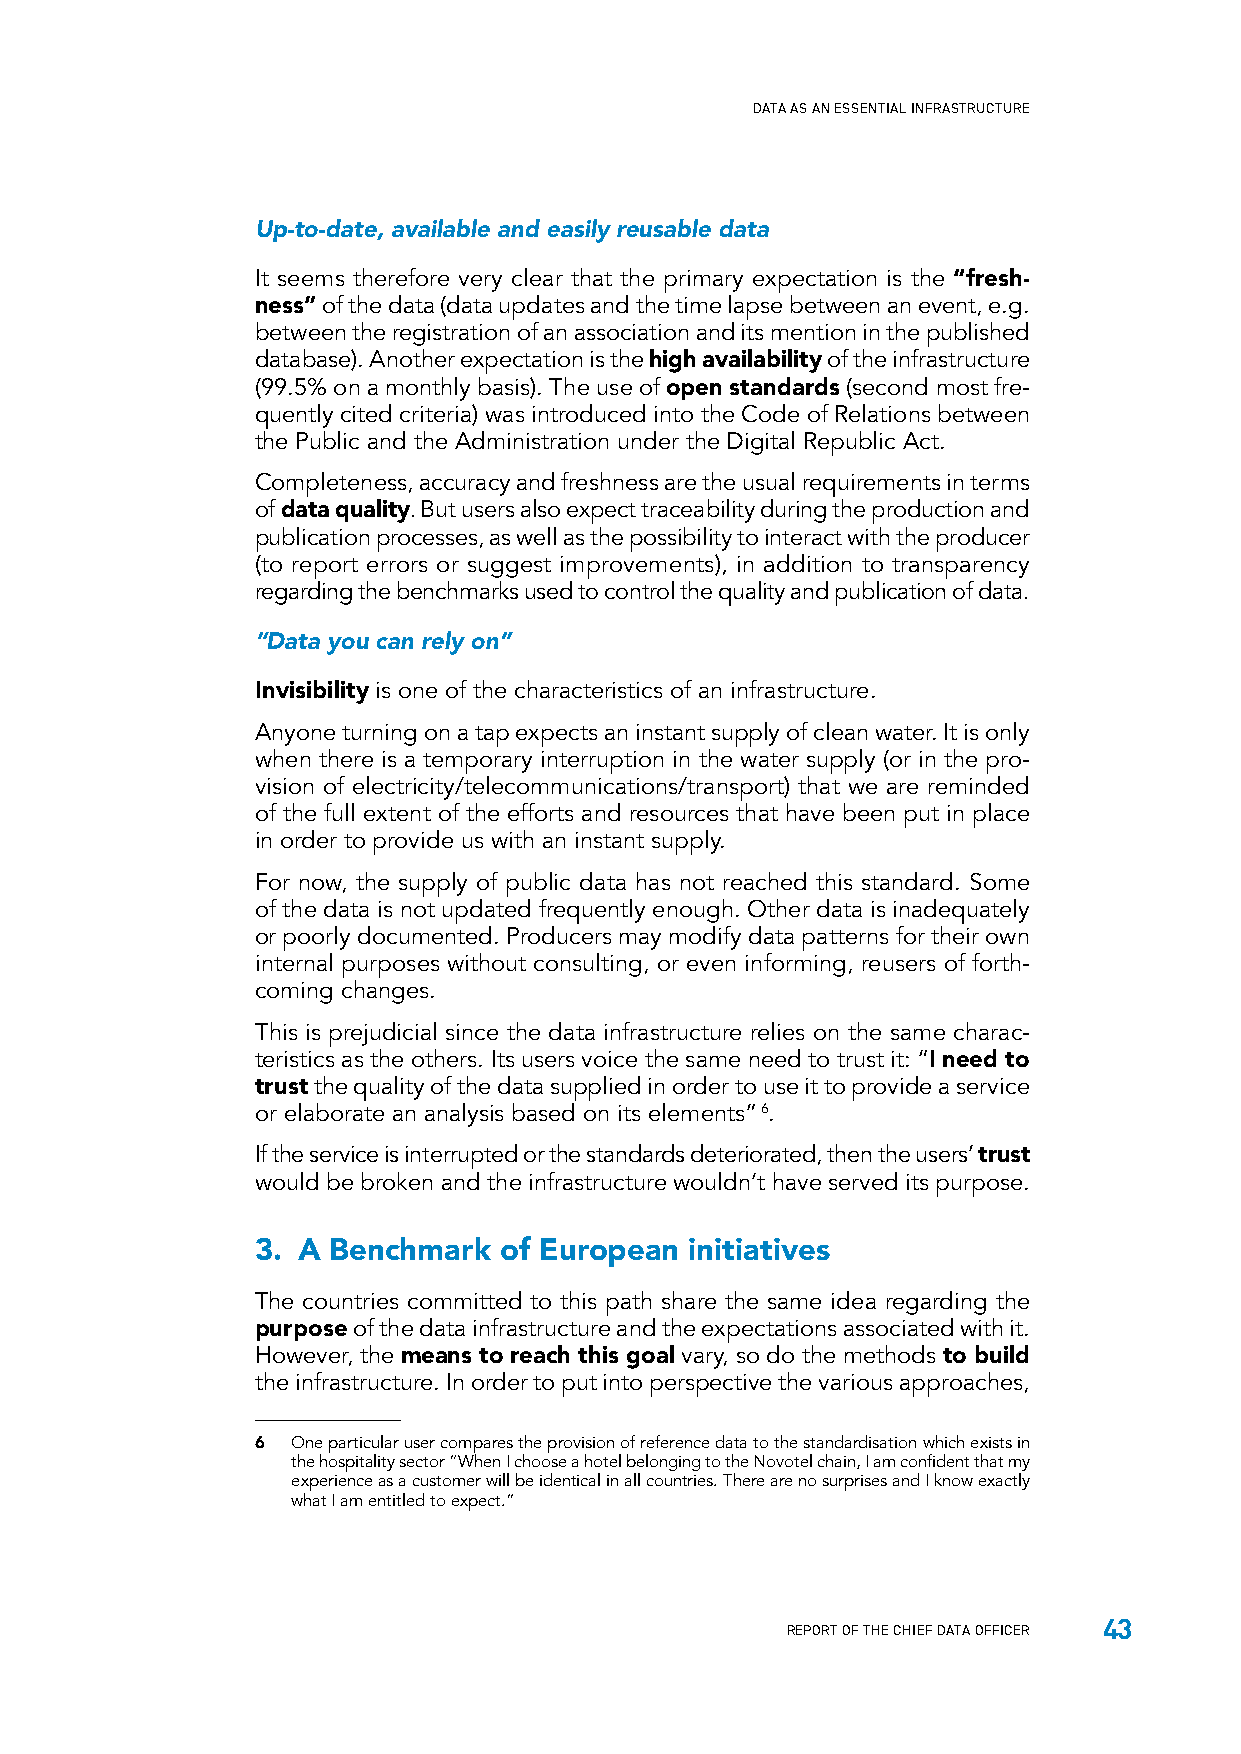
DATA AS AN ESSENTIAL INFRASTRUCTURE
 Up-to-date, available and easily reusable data
 It seems therefore very clear that the primary expectation is the “fresh-
 ness” of the data (data updates and the time lapse between an event, e.g.
 between the registration of an association and its mention in the published
 database). Another expectation is the high availability of the infrastructure
 (99.5% on a monthly basis). The use of open standards (second most fre-
 quently cited criteria) was introduced into the Code of Relations between
 the Public and the Administration under the Digital Republic Act.
 Completeness, accuracy and freshness are the usual requirements in terms
 of data quality. But users also expect traceability during the production and
 publication processes, as well as the possibility to interact with the producer
 (to report errors or suggest improvements), in addition to transparency
 regarding the benchmarks used to control the quality and publication of data.
 “Data you can rely on”
 Invisibility is one of the characteristics of an infrastructure.
 Anyone turning on a tap expects an instant supply of clean water. It is only
 when there is a temporary interruption in the water supply (or in the pro-
 vision of electricity/telecommunications/transport) that we are reminded
 of the full extent of the efforts and resources that have been put in place
 in order to provide us with an instant supply.
 For now, the supply of public data has not reached this standard. Some
 of the data is not updated frequently enough. Other data is inadequately
 or poorly documented. Producers may modify data patterns for their own
 internal purposes without consulting, or even informing, reusers of forth-
 coming changes.
 This is prejudicial since the data infrastructure relies on the same charac-
 teristics as the others. Its users voice the same need to trust it: “I need to
 trust the quality of the data supplied in order to use it to provide a service
 or elaborate an analysis based on its elements” 6.
 If the service is interrupted or the standards deteriorated, then the users’ trust
 would be broken and the infrastructure wouldn’t have served its purpose.
 3. A Benchmark  of European  initiatives
 The countries committed to this path share the same idea regarding the
 purpose of the data infrastructure and the expectations associated with it.
 However, the means to reach this goal vary, so do the methods to build
 the infrastructure. In order to put into perspective the various approaches,
 6 One particular user compares the provision of reference data to the standardisation which exists in
 the hospitality sector “When I choose a hotel belonging to the Novotel chain, I am confident that my
 experience as a customer will be identical in all countries. There are no surprises and I know exactly
 what I am entitled to expect.”
 43
 REPORT OF THE CHIEF DATA OFFICER